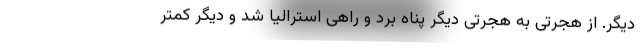
دیگر. از هجرتی به هجرتی دیگر پناه برد و راهی استرالیا شد و دیگر کمتر